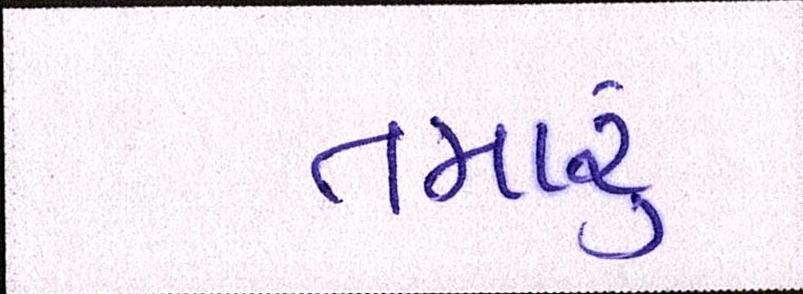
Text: તમારું